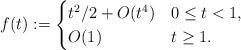
LaTeX: \begin{align*} f(t):= \begin{cases} t^2/2+O(t^4) & 0\leq t <1, \\ O(1) & t \geq 1.\end{cases}\end{align*}